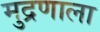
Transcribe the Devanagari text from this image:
मुद्रणाला